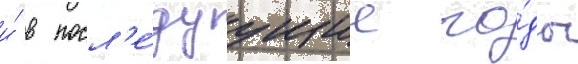
и́ в посл'е́дуущие го́ды